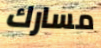
مسارك